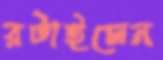
রটাইলেন